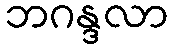
ဘဂန္ဒလာ